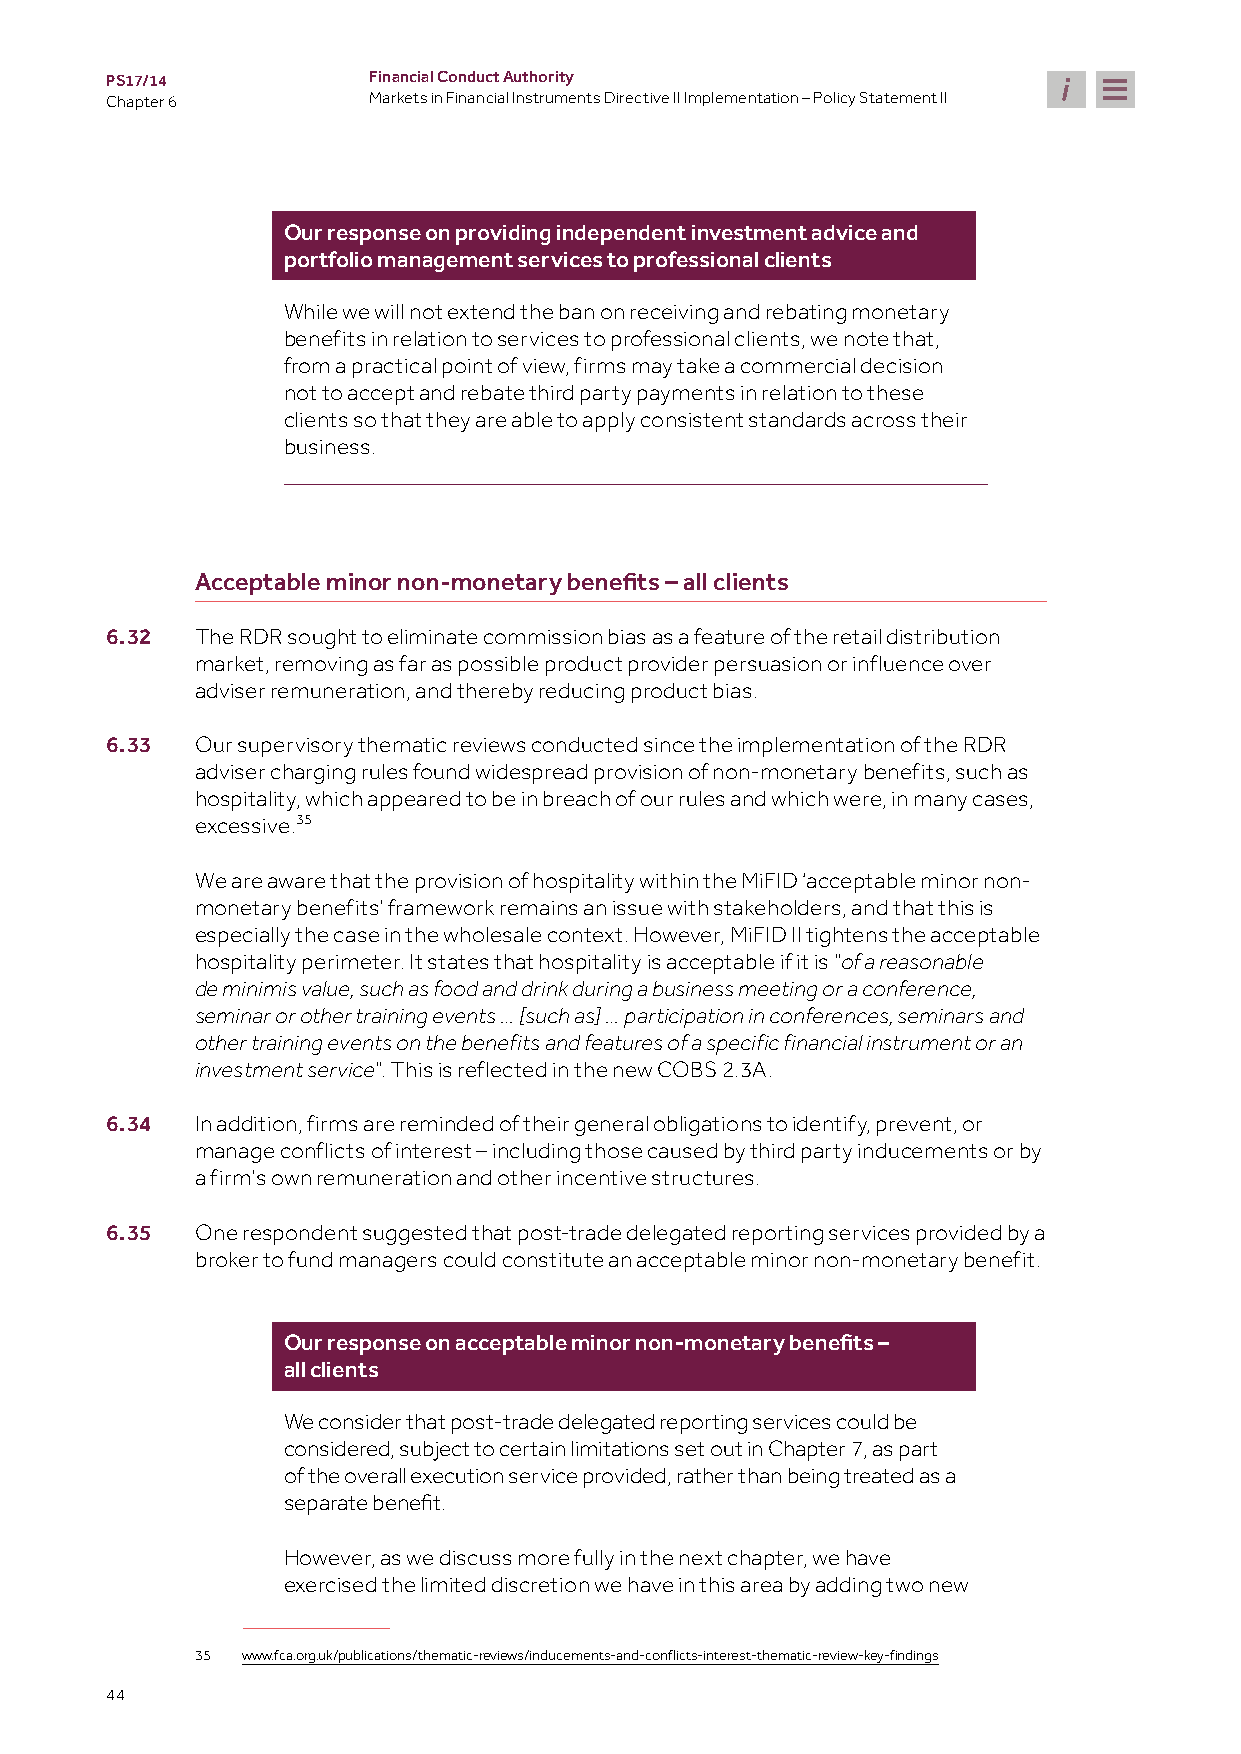
PS17/14          Financial Conduct Authority
 Chapter 6        Markets in Financial Instruments Directive II Implementation – Policy Statement II
 Our response on providing independent investment advice and
 portfolio management services to professional clients
 While we will not extend the ban on receiving and rebating monetary
 benefits in relation to services to professional clients, we note that,
 from a practical point of view, firms may take a commercial decision
 not to accept and rebate third party payments in relation to these
 clients so that they are able to apply consistent standards across their
 business.
 Acceptable minor non-monetary benefits – all clients
 6.32  The RDR sought to eliminate commission bias as a feature of the retail distribution
 market, removing as far as possible product provider persuasion or influence over
 adviser remuneration, and thereby reducing product bias.
 6.33  Our supervisory thematic reviews conducted since the implementation of the RDR
 adviser charging rules found widespread provision of non-monetary benefits, such as
 hospitality, which appeared to be in breach of our rules and which were, in many cases,
 excessive.35
 We are aware that the provision of hospitality within the MiFID ‘acceptable minor non-
 monetary benefits’ framework remains an issue with stakeholders, and that this is
 especially the case in the wholesale context. However, MiFID II tightens the acceptable
 hospitality perimeter. It states that hospitality is acceptable if it is “
 of a reasonable
 de minimis value, such as food and drink during a business meeting or a conference,
 seminar or other training events … [such as] … participation in conferences, seminars and
 other training events on the benefits and features of a specific financial instrument or an
 ”. This is reflected in the new COBS 2.3A.
 investment service
 6.34  In addition, firms are reminded of their general obligations to identify, prevent, or
 manage conflicts of interest – including those caused by third party inducements or by
 a firm’s own remuneration and other incentive structures.
 6.35  One respondent suggested that post-trade delegated reporting services provided by a
 broker to fund managers could constitute an acceptable minor non-monetary benefit.
 Our response on acceptable minor non-monetary benefits –
 all clients
 We consider that post-trade delegated reporting services could be
 considered, subject to certain limitations set out in Chapter 7, as part
 of the overall execution service provided, rather than being treated as a
 separate benefit.
 However, as we discuss more fully in the next chapter, we have
 exercised the limited discretion we have in this area by adding two new
 35 www.fca.org.uk/publications/thematic-reviews/inducements-and-conflicts-interest-thematic-review-key-findings
 44